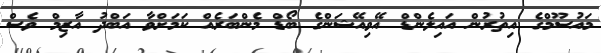
މައުސޫމްގެ އިތުރުން އައިލެންޑް އޭވިއޭޝަންގެ ބޯޑް މެންބަރެއް ކަމަށްވާ އަބްދު އާޒިމް ވެސް